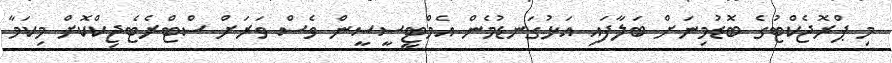
މި ޕްރޮޖެކްޓުގެ ބޮޑުމިނަށް ބަލާފައި އަޅުގަނޑުމެން އެމްޓީސީސީން ވެސް ވަރަށް ސްޓްރެޓެޖިކްކޮށް މިކަމާ